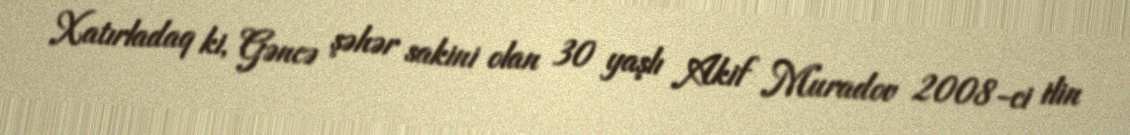
Xatırladaq ki, Gəncə şəhər sakini olan 30 yaşlı Akif Muradov 2008-ci ilin